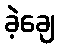
ခဲ့ချေ